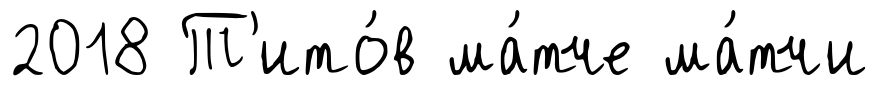
2018 Т'ито́в ма́тче ма́тчи